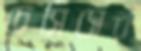
চেসিসের